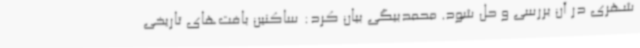
شهری در آن بررسی و حل شود. محمدبیگی بیان کرد: ساکنین بافت‌های تاریخی